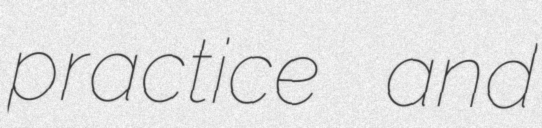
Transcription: practice and